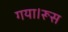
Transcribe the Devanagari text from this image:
गया।रूस